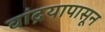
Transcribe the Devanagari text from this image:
वांद्रयापासून